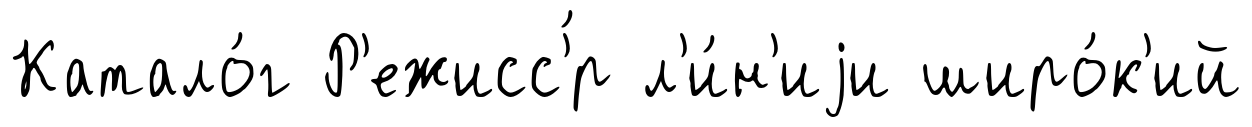
Катало́г Р'ежисс'́р л'и́н'иjи широ́к'ий